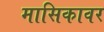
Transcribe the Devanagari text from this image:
मासिकावर